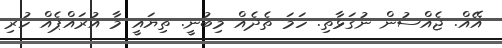
އޭއް. ޖެއްސުން ނުގަޅާތި. ހަމަ ތެދެއް މިބުނީ. ތިޔައީ މާ އުރައްޕެއް ހުރި